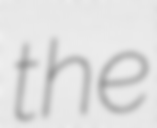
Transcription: the